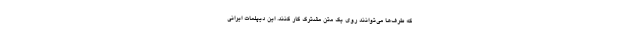
که طرف‌ها می‌توانند روی یک متن مشترک کار کنند. این دیپلمات ایرانی